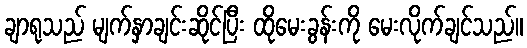
ချာရုသည် မျက်နှာချင်းဆိုင်ပြီး ထိုမေးခွန်းကို မေးလိုက်ချင်သည်။